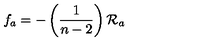
f _ { a } = - \left( \frac { 1 } { n - 2 } \right) \mathcal { R } _ { a }